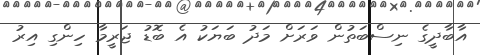
އާބާދީގެ ނިސްބަތުން ވަރަށް މަދު ބަޔަކު އެ ބޮޑު ޖަރީމާ ހިންގި އިރު